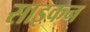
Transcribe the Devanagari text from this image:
साइकन